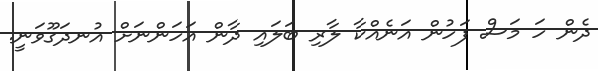
ދެން ހަ މަސް ފަހުން އަނެއްކާ ލާރި ބަލައި ދާން އަހަންނަށް އުނދަގޫވަނީ.